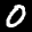
Label: 0